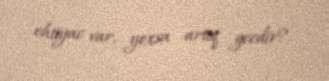
ehtiyac var, yoxsa artıq gecdir?.